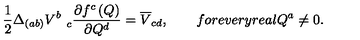
\frac 1 2 \Delta _ { ( a b ) } V _ { \quad c } ^ { b } \frac { \partial f ^ { c } \left( Q \right) } { \partial Q ^ { d } } = \overline { { V } } _ { c d } , \qquad f o r e v e r y r e a l Q ^ { a } \neq 0 .